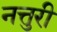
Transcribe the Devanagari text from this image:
नत्तुरी